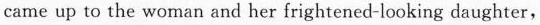
came up to the woman and her frightened-looking daughter,